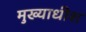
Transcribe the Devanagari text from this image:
मुख्याधीश